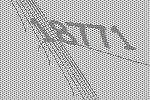
18771